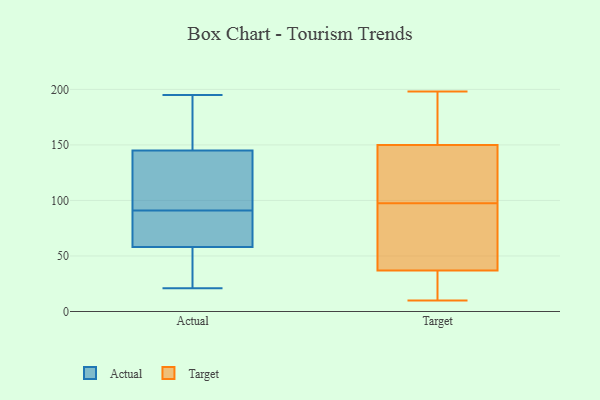
{"axis": {"x": "Humidity (%)", "y": "Value"}, "legend": ["Actual", "Target"], "data": [{"x": "", "y": 32, "type": "Actual"}, {"x": "", "y": 89, "type": "Actual"}, {"x": "", "y": 93, "type": "Actual"}, {"x": "", "y": 38, "type": "Actual"}, {"x": "", "y": 187, "type": "Actual"}, {"x": "", "y": 58, "type": "Actual"}, {"x": "", "y": 168, "type": "Actual"}, {"x": "", "y": 145, "type": "Actual"}, {"x": "", "y": 21, "type": "Actual"}, {"x": "", "y": 195, "type": "Actual"}, {"x": "", "y": 72, "type": "Actual"}, {"x": "", "y": 133, "type": "Actual"}, {"x": "", "y": 65, "type": "Actual"}, {"x": "", "y": 115, "type": "Actual"}, {"x": "", "y": 10, "type": "Target"}, {"x": "", "y": 65, "type": "Target"}, {"x": "", "y": 83, "type": "Target"}, {"x": "", "y": 150, "type": "Target"}, {"x": "", "y": 111, "type": "Target"}, {"x": "", "y": 156, "type": "Target"}, {"x": "", "y": 138, "type": "Target"}, {"x": "", "y": 198, "type": "Target"}, {"x": "", "y": 37, "type": "Target"}, {"x": "", "y": 140, "type": "Target"}, {"x": "", "y": 17, "type": "Target"}, {"x": "", "y": 15, "type": "Target"}, {"x": "", "y": 84, "type": "Target"}, {"x": "", "y": 179, "type": "Target"}]}